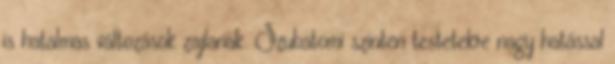
is hatalmas változások zajlanak. Szubatomi szinten testetekre nagy hatással